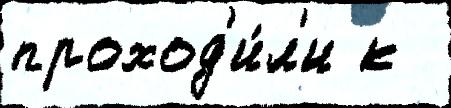
проход'и́л'и к